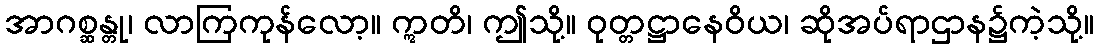
အာဂစ္ဆန္တု၊ လာကြကုန်လော့။ ဣတိ၊ ဤသို့။ ဝုတ္တဋ္ဌာနေဝိယ၊ ဆိုအပ်ရာဌာန၌ကဲ့သို့။